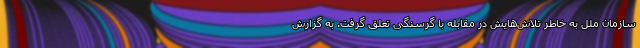
سازمان ملل به خاطر تلاش‌هایش در مقابله با گرسنگی تعلق گرفت. به گزارش